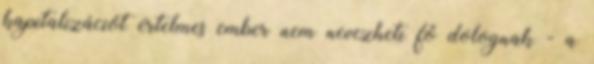
kapitalizációt értelmes ember nem nevezheti fő dolognak - a